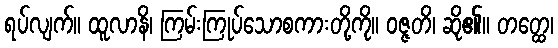
ရပ်လျက်။ ထူလာနိ၊ ကြမ်းကြုပ်သောစကားတို့ကို။ ဝဇ္ဇတိ၊ ဆို၏။ တတ္ထေ၊